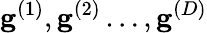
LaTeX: \mathbf{g}^{(1)},\mathbf{g}^{(2)}\ldots,\mathbf{g}^{(D)}